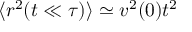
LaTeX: \langle r ^ { 2 } ( t \ll \tau ) \rangle \simeq v ^ { 2 } ( 0 ) t ^ { 2 }